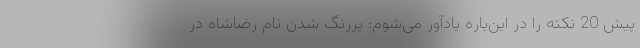
پیش 20 نکته را در این‌باره یادآور می‌شوم: پررنگ شدن نام رضا‌شاه در